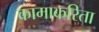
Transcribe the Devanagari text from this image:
कामाकरिता